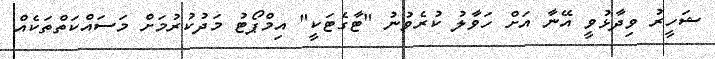
ޝަހީރު ވިދާޅުވީ އޭނާ އަށް ހަވާލު ކުރެވުނު "ޓާގެޓަކީ" އިމްޕޯޓު މަދުކުރުމަށް މަސައްކަތްތަކެއް